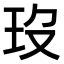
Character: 𤣻